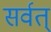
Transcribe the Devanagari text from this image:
सर्वत्